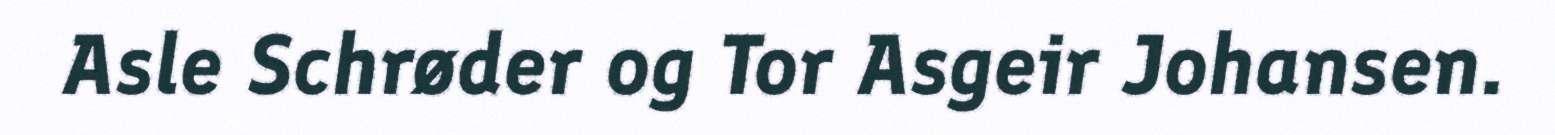
Asle Schrøder og Tor Asgeir Johansen.